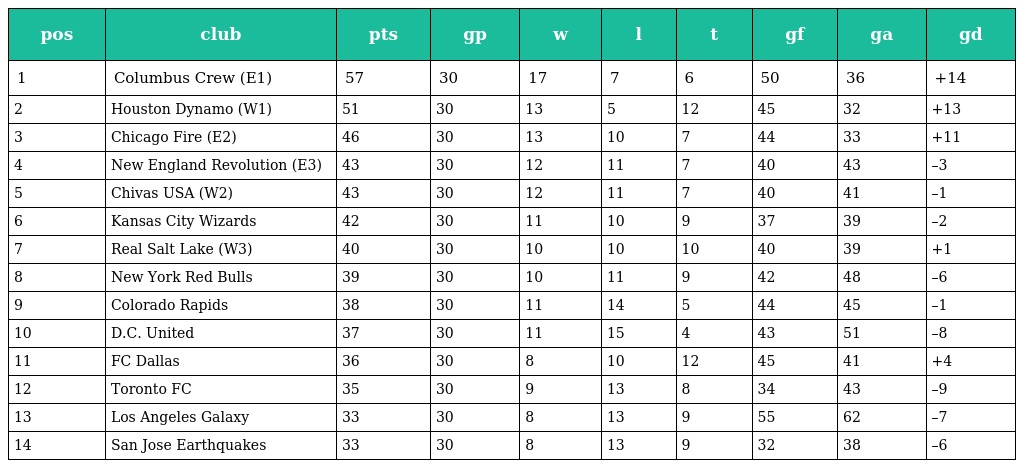
| pos | club | pts | gp | w | l | t | gf | ga | gd |
 | --- | --- | --- | --- | --- | --- | --- | --- | --- | --- |
 | 1 | Columbus Crew (E1) | 57 | 30 | 17 | 7 | 6 | 50 | 36 | +14 |
 | 2 | Houston Dynamo (W1) | 51 | 30 | 13 | 5 | 12 | 45 | 32 | +13 |
 | 3 | Chicago Fire (E2) | 46 | 30 | 13 | 10 | 7 | 44 | 33 | +11 |
 | 4 | New England Revolution (E3) | 43 | 30 | 12 | 11 | 7 | 40 | 43 | –3 |
 | 5 | Chivas USA (W2) | 43 | 30 | 12 | 11 | 7 | 40 | 41 | –1 |
 | 6 | Kansas City Wizards | 42 | 30 | 11 | 10 | 9 | 37 | 39 | –2 |
 | 7 | Real Salt Lake (W3) | 40 | 30 | 10 | 10 | 10 | 40 | 39 | +1 |
 | 8 | New York Red Bulls | 39 | 30 | 10 | 11 | 9 | 42 | 48 | –6 |
 | 9 | Colorado Rapids | 38 | 30 | 11 | 14 | 5 | 44 | 45 | –1 |
 | 10 | D.C. United | 37 | 30 | 11 | 15 | 4 | 43 | 51 | –8 |
 | 11 | FC Dallas | 36 | 30 | 8 | 10 | 12 | 45 | 41 | +4 |
 | 12 | Toronto FC | 35 | 30 | 9 | 13 | 8 | 34 | 43 | –9 |
 | 13 | Los Angeles Galaxy | 33 | 30 | 8 | 13 | 9 | 55 | 62 | –7 |
 | 14 | San Jose Earthquakes | 33 | 30 | 8 | 13 | 9 | 32 | 38 | –6 |